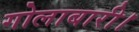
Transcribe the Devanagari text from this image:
गोलाबारी।